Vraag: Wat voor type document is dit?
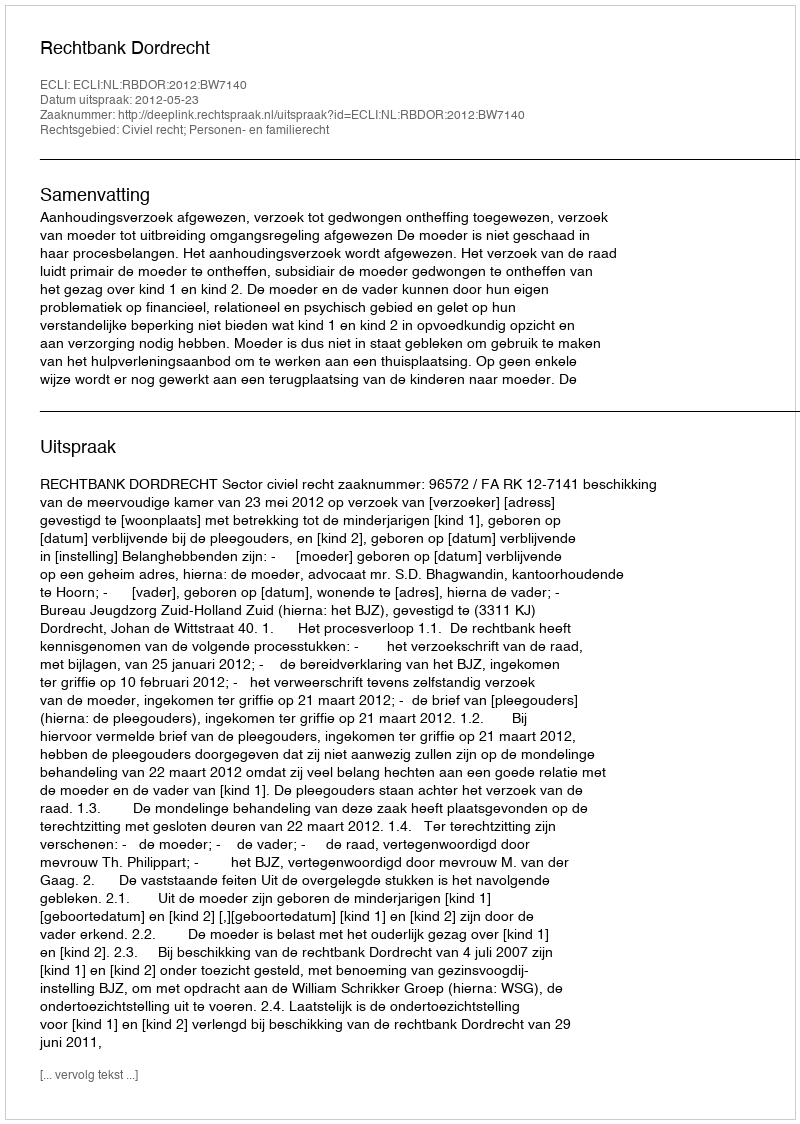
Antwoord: Uitspraak